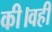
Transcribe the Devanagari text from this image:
की।वहीं